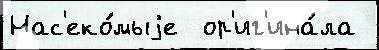
Нас'еко́мыjе  ор'иг'ина́ла